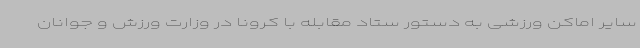
سایر اماکن ورزشی به دستور ستاد مقابله با کرونا در وزارت ورزش و جوانان